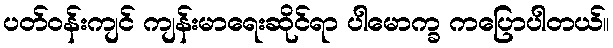
ပတ်ဝန်းကျင် ကျန်းမာရေးဆိုင်ရာ ပါမောက္ခ ကပြောပါတယ်။